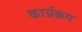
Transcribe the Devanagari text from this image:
कार्य्रक्रम